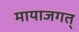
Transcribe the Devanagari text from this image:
मायाजगत्